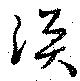
渙